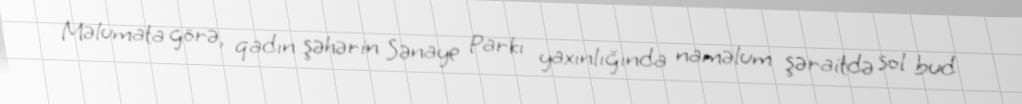
Məlumata görə, qadın şəhərin Sənaye Parkı yaxınlığında naməlum şəraitdə sol bud